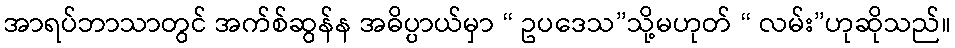
အာရပ်ဘာသာတွင် အက်စ်ဆွန်န အဓိပ္ပာယ်မှာ “ ဥပဒေသ”သို့မဟုတ် “ လမ်း”ဟုဆိုသည်။